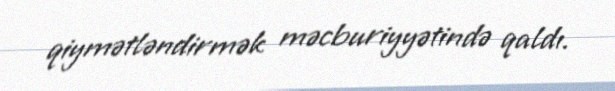
qiymətləndirmək məcburiyyətində qaldı.